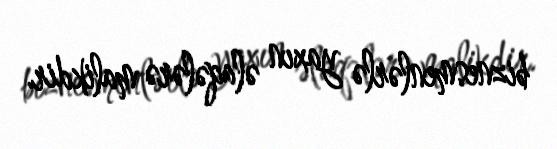
biznesmenlərlə yaxın əlaqələrə malikdir.